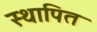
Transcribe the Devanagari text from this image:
स्थापित